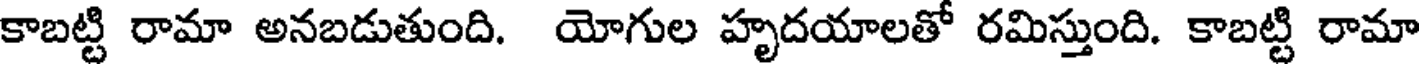
కాబట్టి రామా అనబడుతుంది. యోగుల హృదయాలతో రమిస్తుంది. కాబట్టి రామా